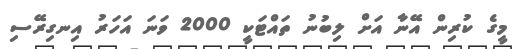
މީގެ ކުރިން އޭނާ އަށް ލިބުނު ތައްޓަކީ 2000 ވަނަ އަހަރު އިނގިރޭސި